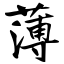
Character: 薄